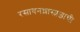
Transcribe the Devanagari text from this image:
रसायनशास्त्रज्ञाची